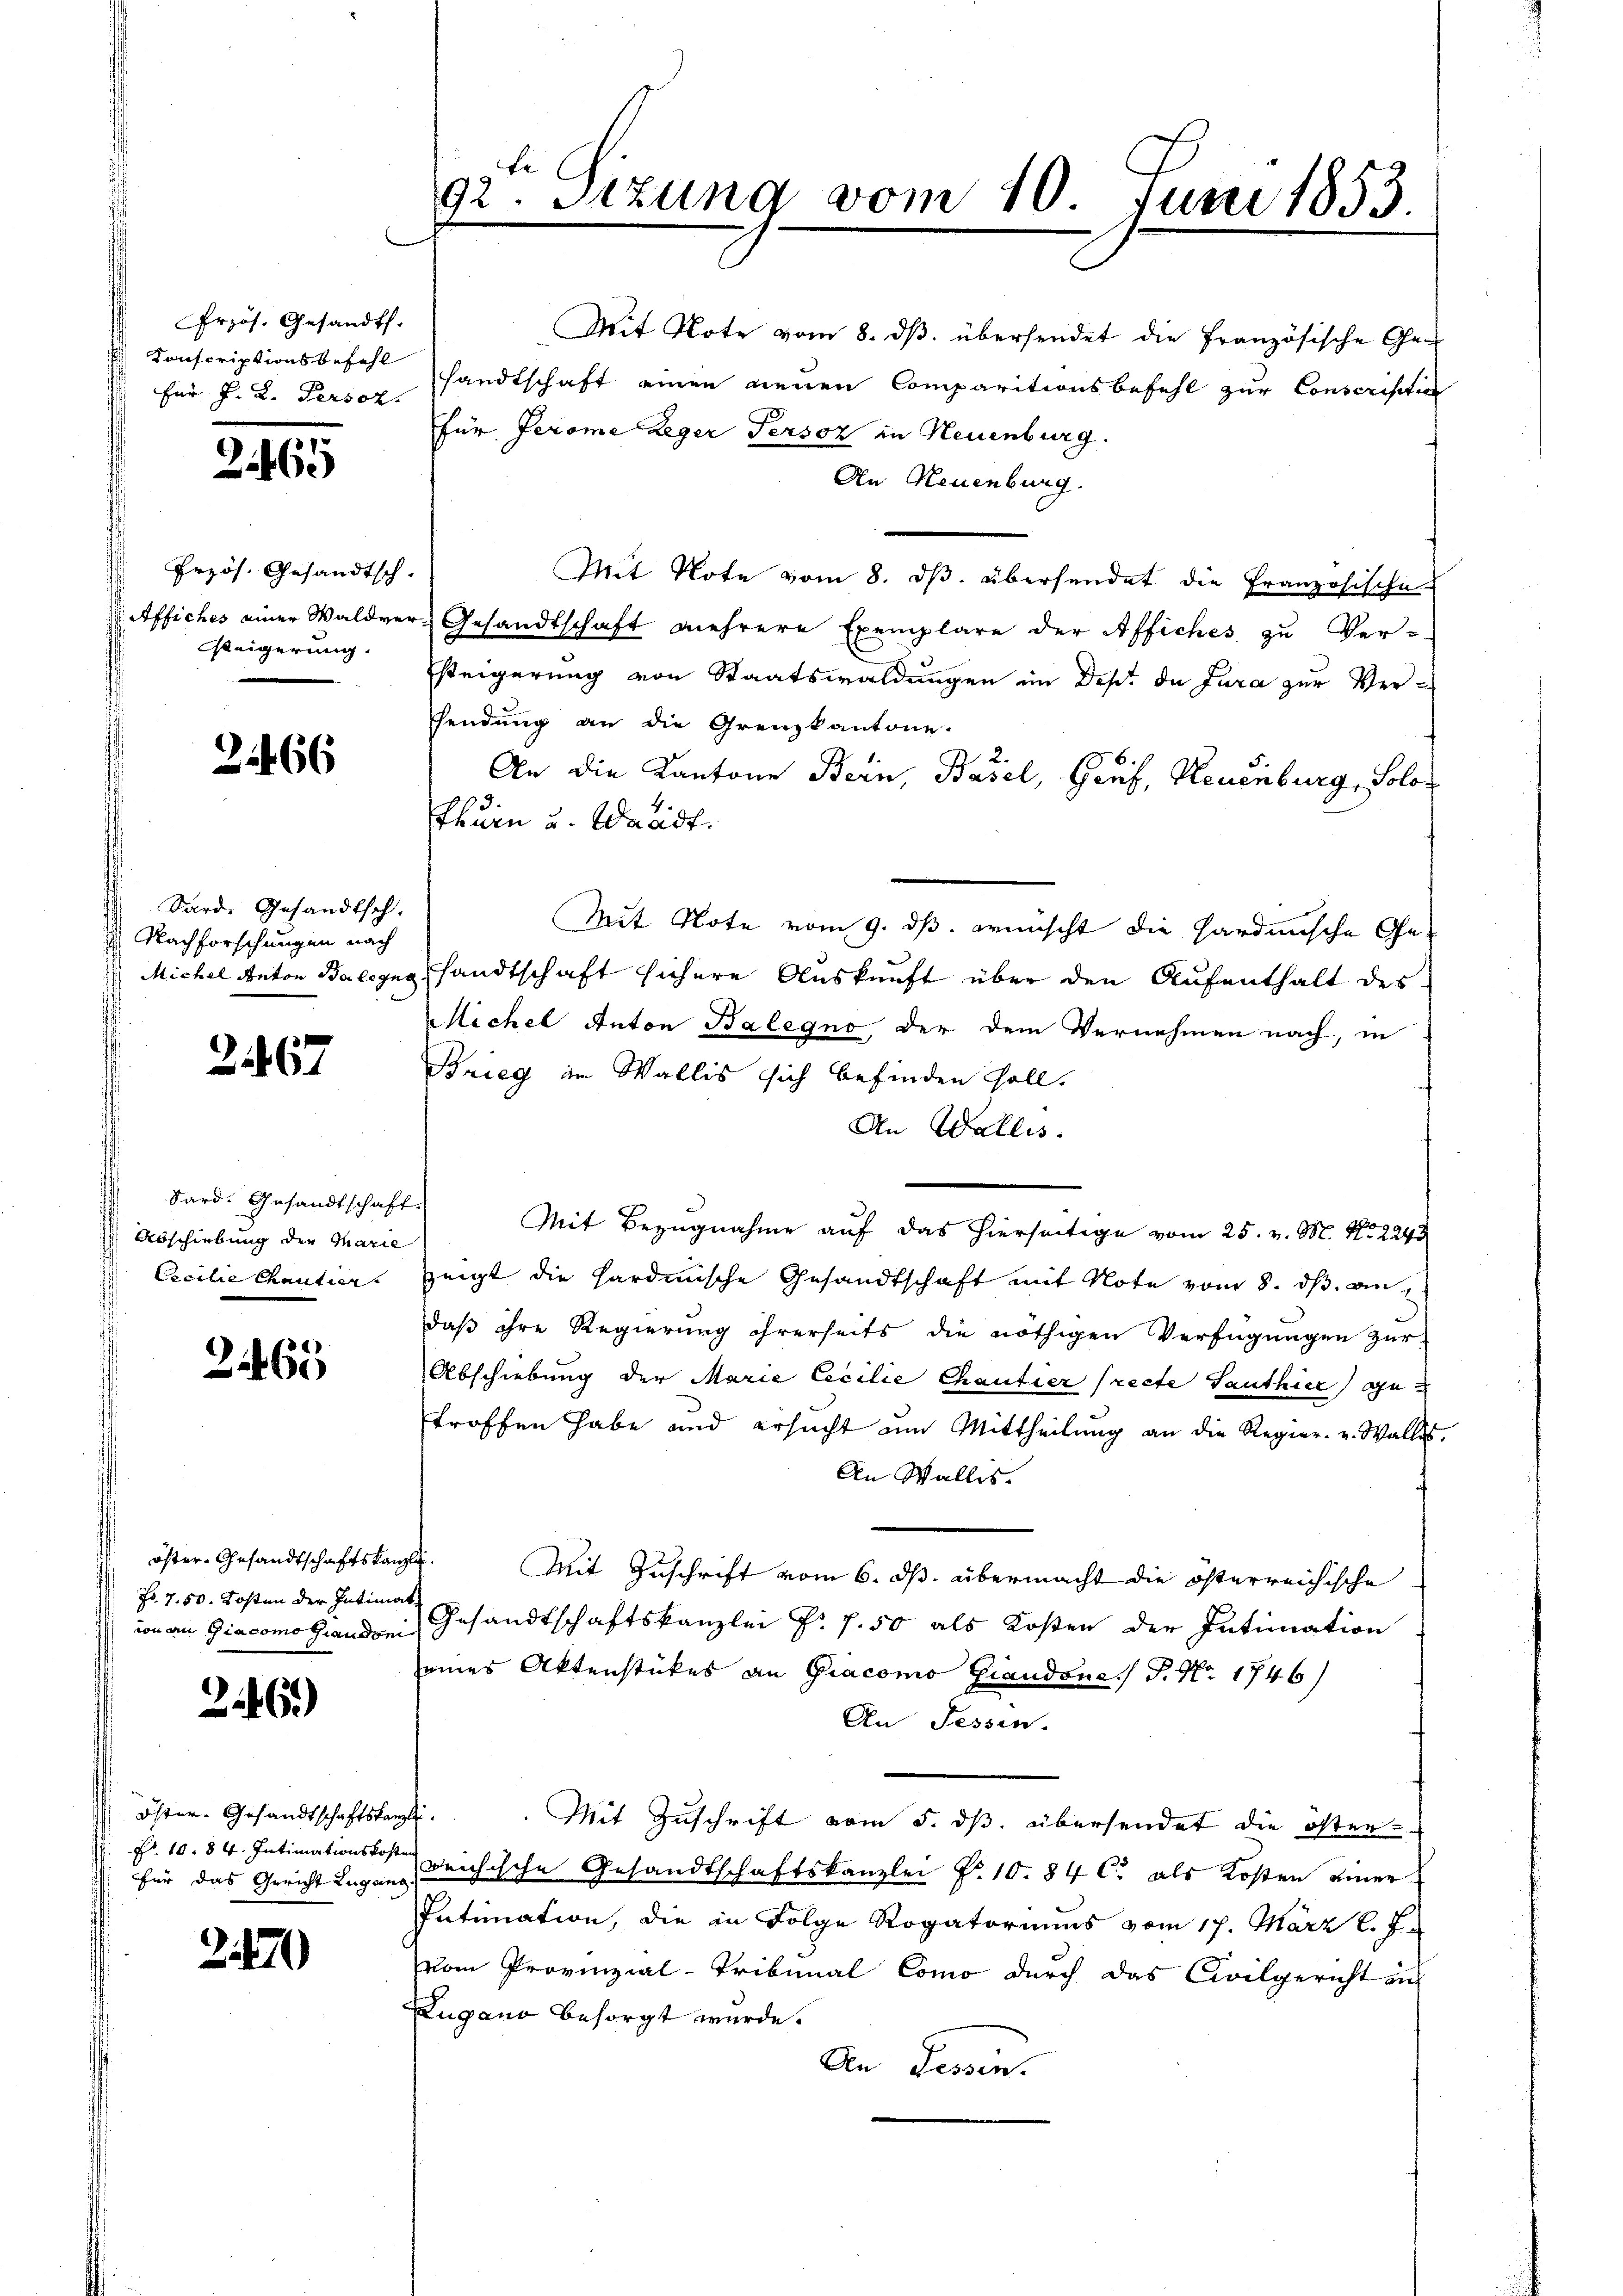
Przös. Gesandt.
 Für J. L. Persor

2461

Erzös. Gesandtsch-
Steigerung.

21466

Sard. Gesandtsch.
Nachforschungen nach

2467

Sard. Gesandtschaft.
 Abschiebung der Marie
Cicilie Chantier

2465

Fo. 7. 50. Kosten der Intimat
von an Giacomo Giaudoni

2146)

öster. Gesandtschaftskanzlei.
Nr. 18. 84. Intimationskoste

2470

te
92. Sitzung vom 10. Juni 1853.

Mit Note vom 8. dβ übersendet die Französische Ge¬
Conscriptionsbefehl sandtschaft einen neuen Comparitionsbefehl zur Conscription
Für Jerome Leger Persoz in Neuenburg.
An Neuenburg.
Mit Note vom 8. ds. übersendet die Französische
Affiches einer Waldver- Gesandtschaft mehrere Exemplare der Affiches zu Ver-
Esteigerung von Staatswaldungen im Dept de Jura zur Versendung an die Grenzkantone.
An die Kantone Bern, Basel, Genf, Neuenburg, Solot
thurn u. Waadt.
Mit Note vom 9. ds. wünscht die Hardische Ge¬
 Michel Anton Balegg sandtschaft sichere Auskunft über den Aufenthalt des
Michel Anton Balegno der dem Vernehmen nach, in
Brieg in Wallis sich befinden soll.
An Wallis.
Mit Bezugnahme auf das hierseitige vom 25. v. M. No 224
zeigt die hardinische Gesandtschaft mit Note vom 8. dβ andaß ihre Regierung ihrerseits die nöthigen Verfügungen zur
Abschiebung der Marie Cecilie Chantier (recte Santhier getroffen habe und ersucht am Mittheilung an die Regier- u. Wallis,
An Wallis.
öster. Gesandtschaftskanzli. Mit Zuschrift vom 6. ds. übermacht die österreichische
Gesandtschaftskanzlei Fr. f. 50 als Kosten der Intimation
eines Aktenstückes an Gracomo Giandones P. Nr. 1746)
An Tessin.
Mit Zuschrift vom 5. ds. übersendet die öster
für das Gericht Lugan, reichische Gesandtschaftskanzlei No 10. 84 C. als Kosten einer
Intimation, die in Folge Rogatoriums vom 17. März l. J.
vom Provinzial-Tribunal Como durch das Civilgericht aus
Zugano besorgt wurde.
An Fessen.